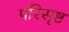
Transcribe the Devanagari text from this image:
परिसृष्ट